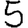
Digit: 5